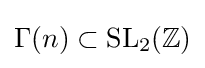
\Gamma (n)\subset {\text{SL}}_{2}(\mathbb {Z} )